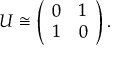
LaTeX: U \cong \left( \begin{array} { c c } { { 0 } } & { { 1 } } \\ { { 1 } } & { { 0 } } \end{array} \right) .